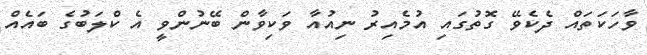
ވާހަކަތައް ދެކެވޭ ގޮތުގައި އުމެއިރު ނިއުއާ ވަކިވާން ބޭނުންވީ އެ ކްލަބުގެ ބައެއް